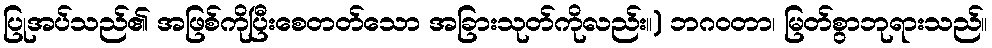
ပြုအပ်သည်၏ အဖြစ်ကိုပြီးစေတတ်သော အခြားသုတ်ကိုလည်း။) ဘဂဝတာ၊ မြတ်စွာဘုရားသည်။